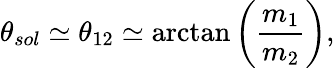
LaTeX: \theta_{sol}\simeq\theta_{12}\simeq\arctan\left({\frac{m_{1}}{m_{2}}}\right),